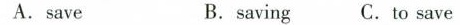
A.save B.saving C.to save